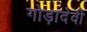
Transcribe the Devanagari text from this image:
गोड़ादेवी